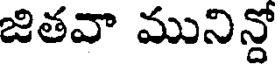
జితవా మునిన్లో